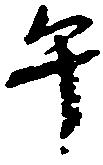
午